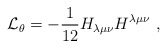
\begin{align*}{\cal L}_\theta = - \frac{1}{12} H_{\lambda \mu \nu }H ^{\lambda\mu \nu} ~,\end{align*}